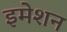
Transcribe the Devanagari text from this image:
इमेशन